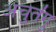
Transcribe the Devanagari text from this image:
अंचुतेंगु